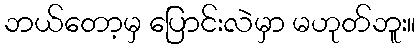
ဘယ်တော့မှ ပြောင်းလဲမှာ မဟုတ်ဘူး။